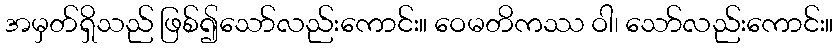
အမှတ်ရှိသည် ဖြစ်၍သော်လည်းကောင်း။ ဝေမတိကဿ ဝါ၊ သော်လည်းကောင်း။